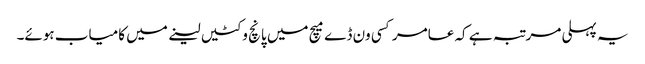
یہ پہلی مرتبہ ہے کہ عامر کسی ون ڈے میچ میں پانچ وکٹیں لینے میں کامیاب ہوئے۔